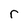
Character: r